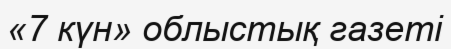
«7 күн» облыстық газеті